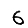
Digit: 6